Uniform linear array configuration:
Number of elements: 8
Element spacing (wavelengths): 0.25
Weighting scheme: blackman
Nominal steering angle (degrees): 15
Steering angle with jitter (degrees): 16.826
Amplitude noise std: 0.05
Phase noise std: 0.05

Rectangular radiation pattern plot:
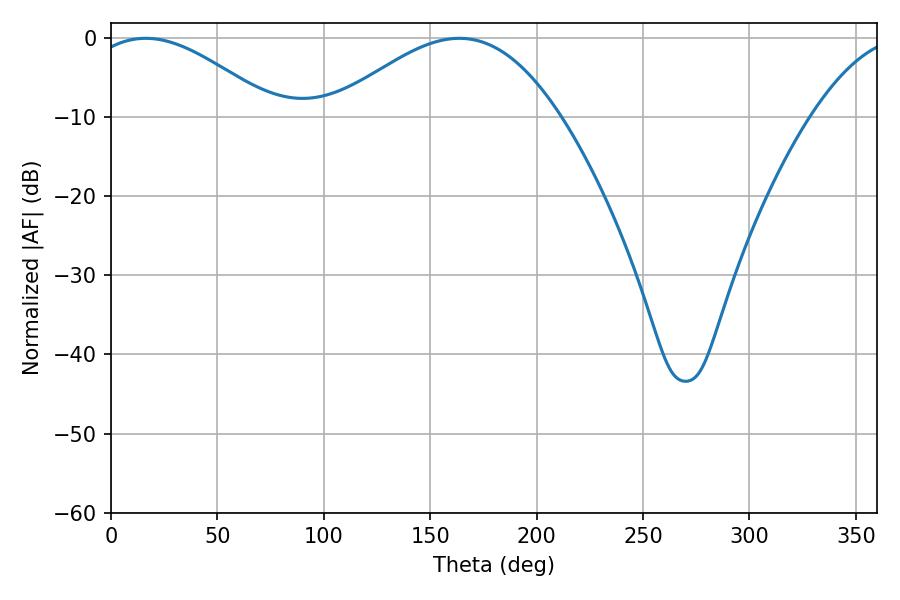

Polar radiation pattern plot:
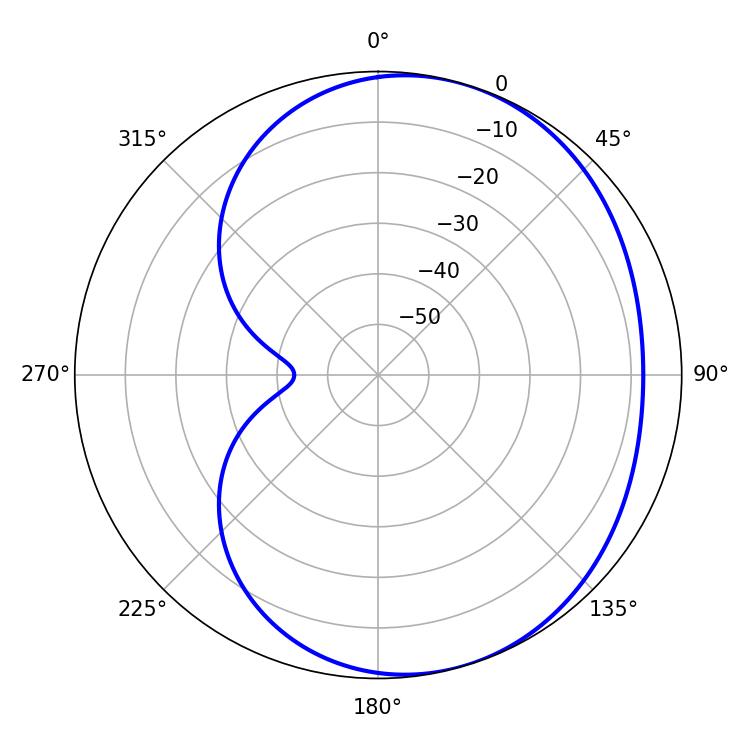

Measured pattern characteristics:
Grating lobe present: FALSE
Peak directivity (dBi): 4.152
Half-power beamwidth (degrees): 47.88
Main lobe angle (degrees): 16.38